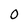
Character: 0